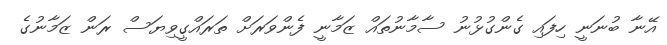
އޭނާ ބުނަނީ ހިފައި ގެންގުޅުނު ސާމާނުތައް ޒަމާނީ ފެންވަރަށް ތަރައްގީވިޔަސް ރަން ޒަމާނުގެ